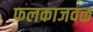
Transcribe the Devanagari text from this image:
फलकाजवळ